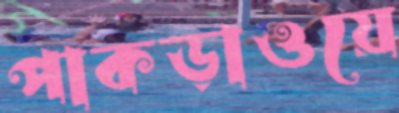
পাকড়াওয়ে